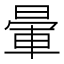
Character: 暈